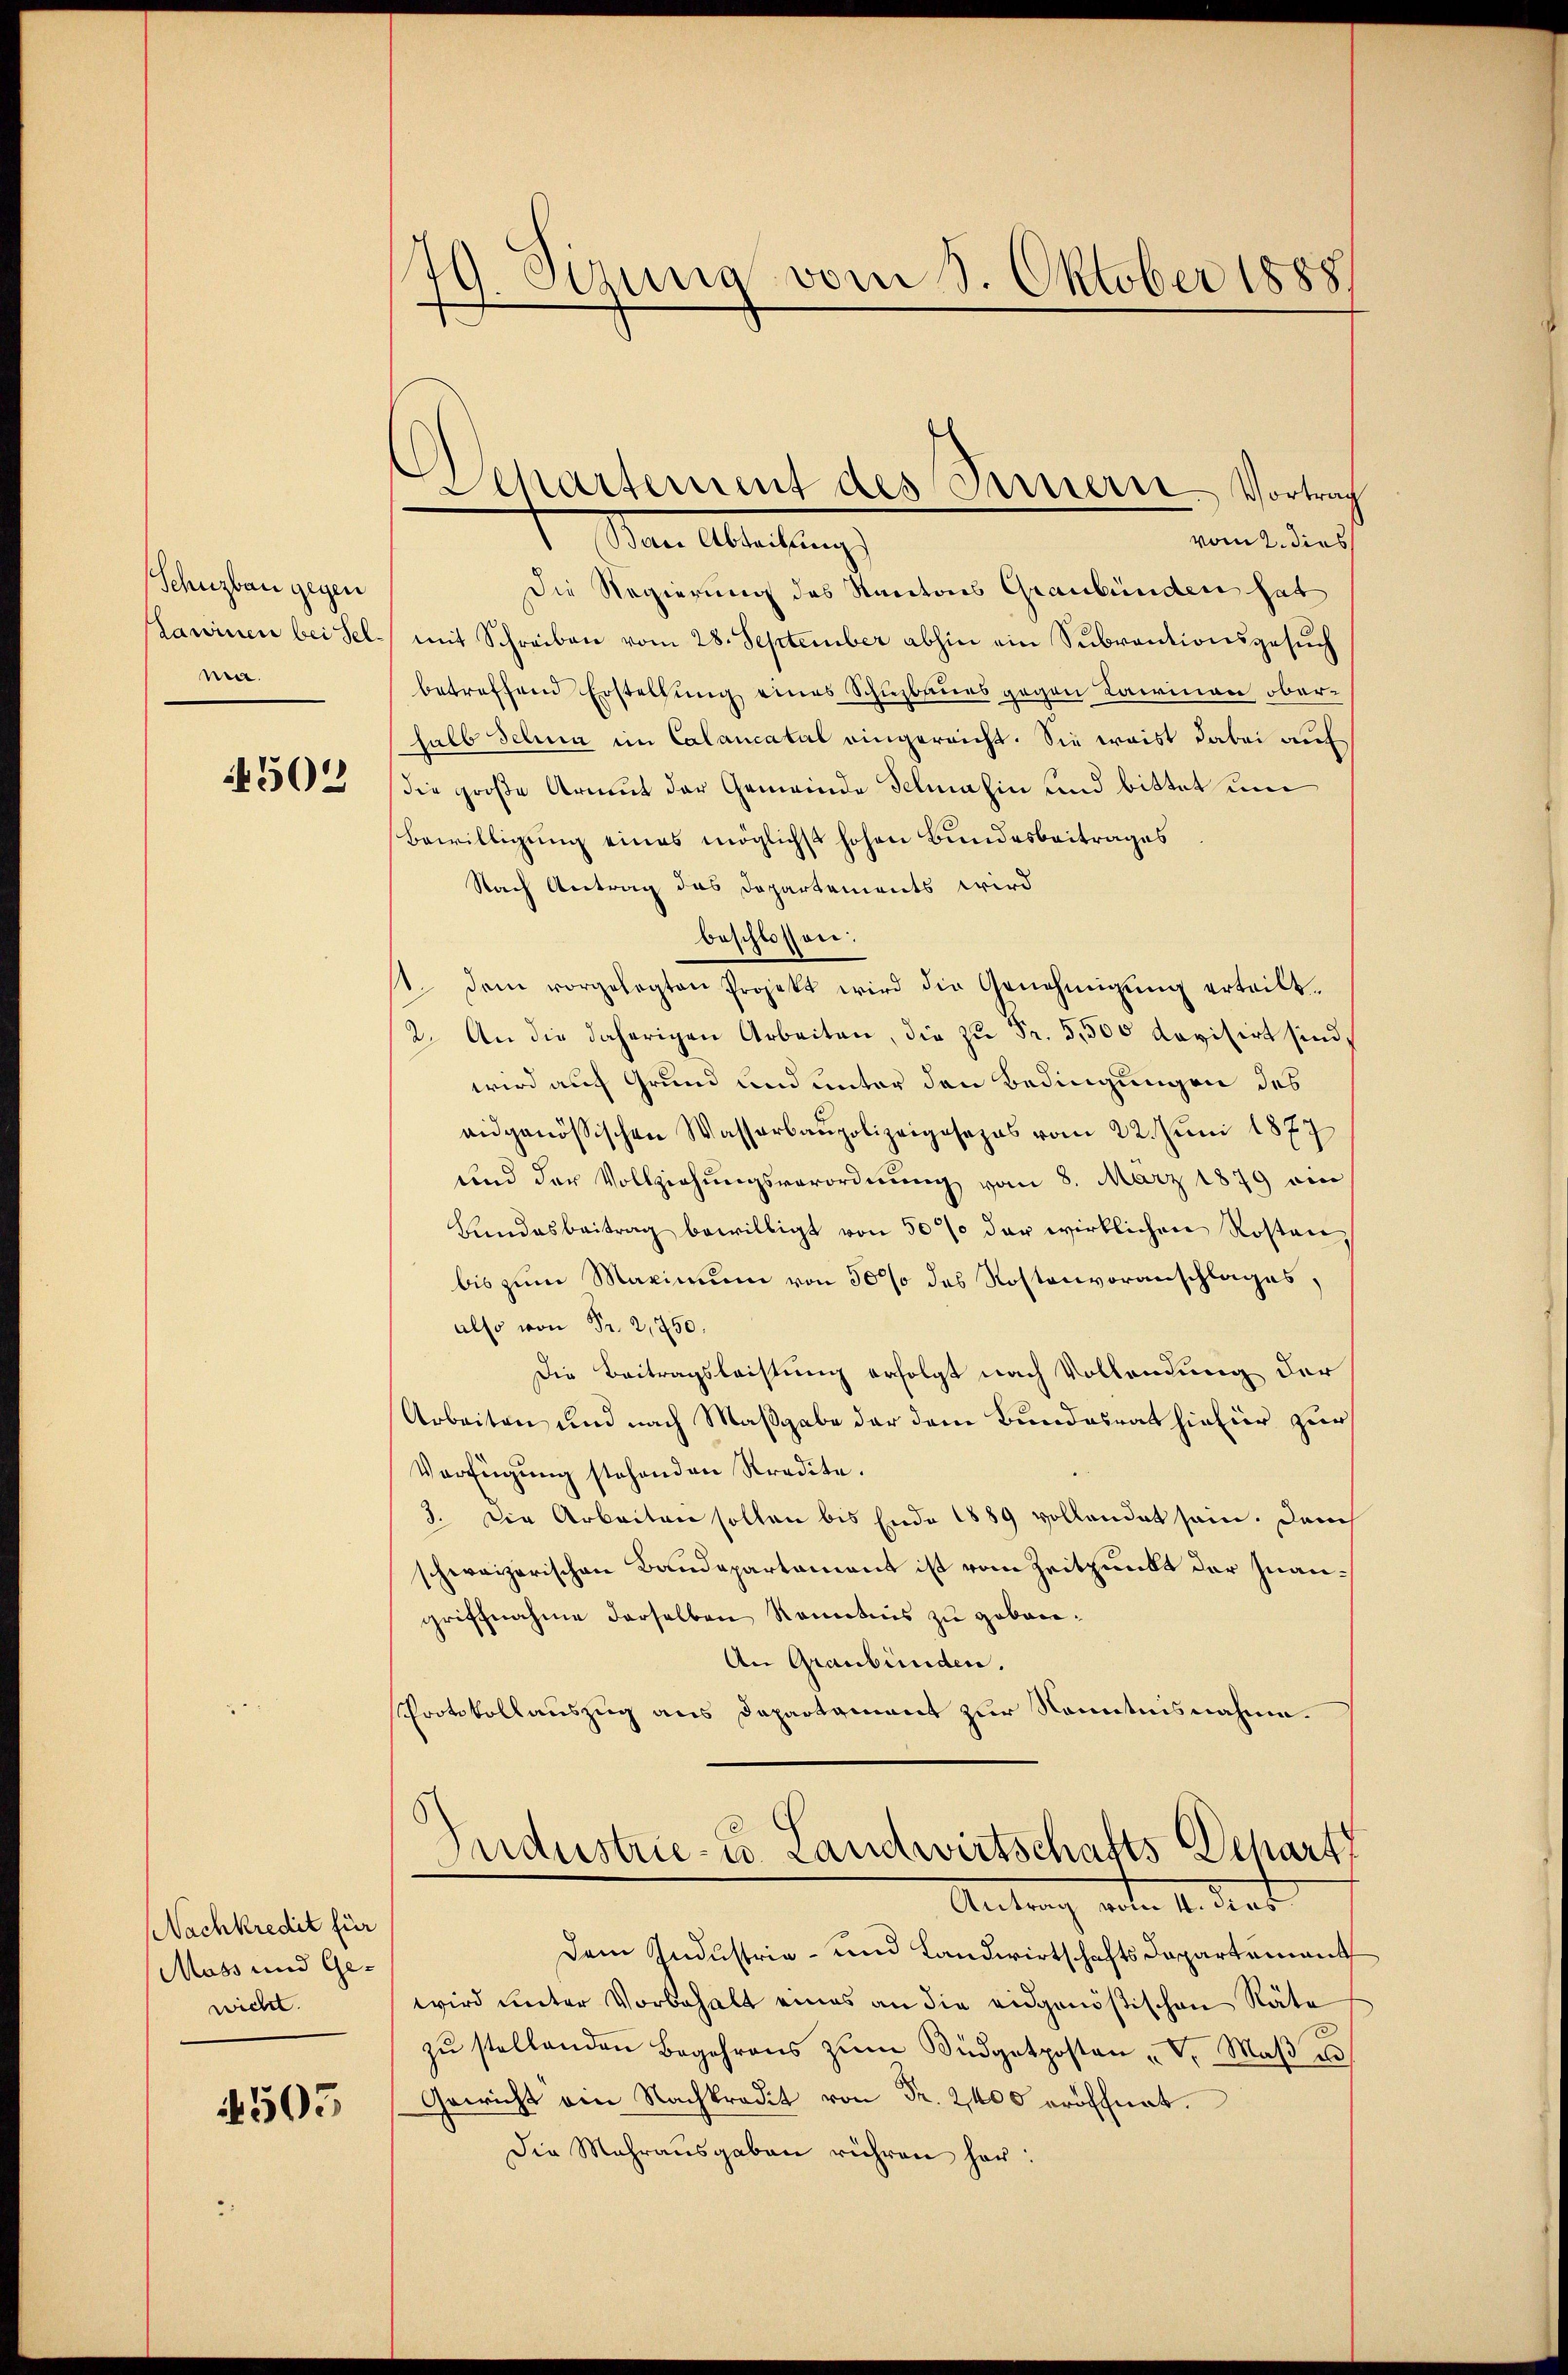
Schuzbau gegen
Lawinen bei Sel
na.

4503

Nachkredit für
Mass und Ge-
wicht.

4505

79 Sizung vom 8. Oktober 1888.

vom 2. dies
t Meine Abteilungs
Die Regierung des Kantons Graubünden hat
mit Schreiben vom 28. September abhin ein Subventionsgesuch
betreffend Erstellung eines Schuzbaues gegen Laurinen oberhalb selina im Calancatal eingereicht. Sie weis dabei auf
die große Armut der Gemeinde Fehmahin und bittet um
Bewilligung eines möglichst hohen Bundesbeitrages
Nach Antrag das Departements wird
beschlossen:
1. dem vorgelegten Projekt wird die Genehmigŭng erteilt.
2. An die daherigen Arbeiten, die zŭ Fr. 5,500 davisirt sind,
wird auf Grund und unter den Bedingungen des
eidgenössischen Wasserbaupolizeiposapas vom 22. Juni 1877
und der Vollziehungsverordnung vom 8. März 1879 ein
Hundesbeitrag bewilligt von 50% der wirklichen Kosten
bis zum Maximum von 30% des Kostenvoranschlages,
also von Fr. 2,750.
Die Beitragsleistung erfolgt nach Vollendung der
Arbeiten und nach Maßgabe der dem Bundesrat hiefür zur
Verfügung stehenden Stredite.
3. Die Arbeiten sollen bis Ende 1889 vollendet sein. Durch
schweizerischen Baudepartement ist vom Zeitpunkt der Inangriffnahme derselben Rometnis zu gebore¬
An Graubünden.
Protokollauszug aus Departement zur Kenntnisnahme.
Industrie- u. Landwirtschafts Depart
Antrag anten 4. dies
dem Industria - und Landwirtschaftsdepartement
wird unter Vorbehalt eines an die eidgenößischen Räte
zŭ stellenden Begehrens zŭm Büdgetposten „V. Maβ u
Gewicht am Nachkradit von Fr. 2400 eröffnet.
Die Mehrausgaben rühren hat:

Departement des Parterre-Vortrag